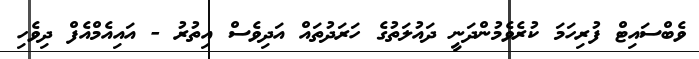
ވެބްސައިޓް ފުރިހަމަ ކުރެވެމުންދަނީ ދައުލަތުގެ ހަރަދުތައް އަދިވެސް އިތުރު - އައިއެމްއެފް ދިވެހި